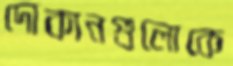
দোকানগুলোকে